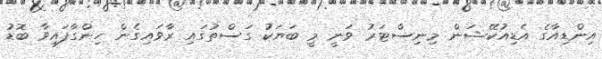
އިންޑިއާގެ އެޑިއުކޭޝަން މިނިސްޓަރު ވަނީ މީ ބަޔަކު ގަސްތުގައި ރާވައިގެން ހިންގާފައިވާ ބޮޑު